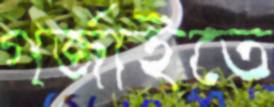
গর্জাইতে